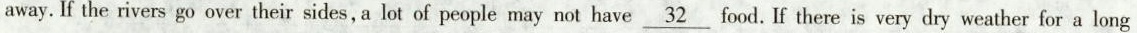
away. If the rivers go over their sides,a lot of people may not have \underline{32} food. If there is very dry weather for a long